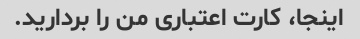
اینجا، کارت اعتباری من را بردارید.